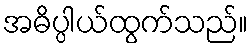
အဓိပ္ပါယ်ထွက်သည်။